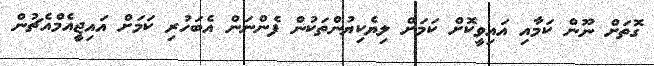
ގޮތަށް ނޫން ކަމާއި އައިވީކޮށް ކަމަށް ލިޔެކިޔުންތަކުން ފެންނަން އެބަހުރި ކަމަށް އައިޖީއެމްއެޗުން